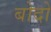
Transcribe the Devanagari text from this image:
बोदो